Bréfritari: Sigríður Pálsdóttir
Viðtakandi: Páll Pálsson
Dagsetning: A-1864-08-01
Skrifað á: Breiðabólsstað  Rang.
Páll var bróðir Sigríðar

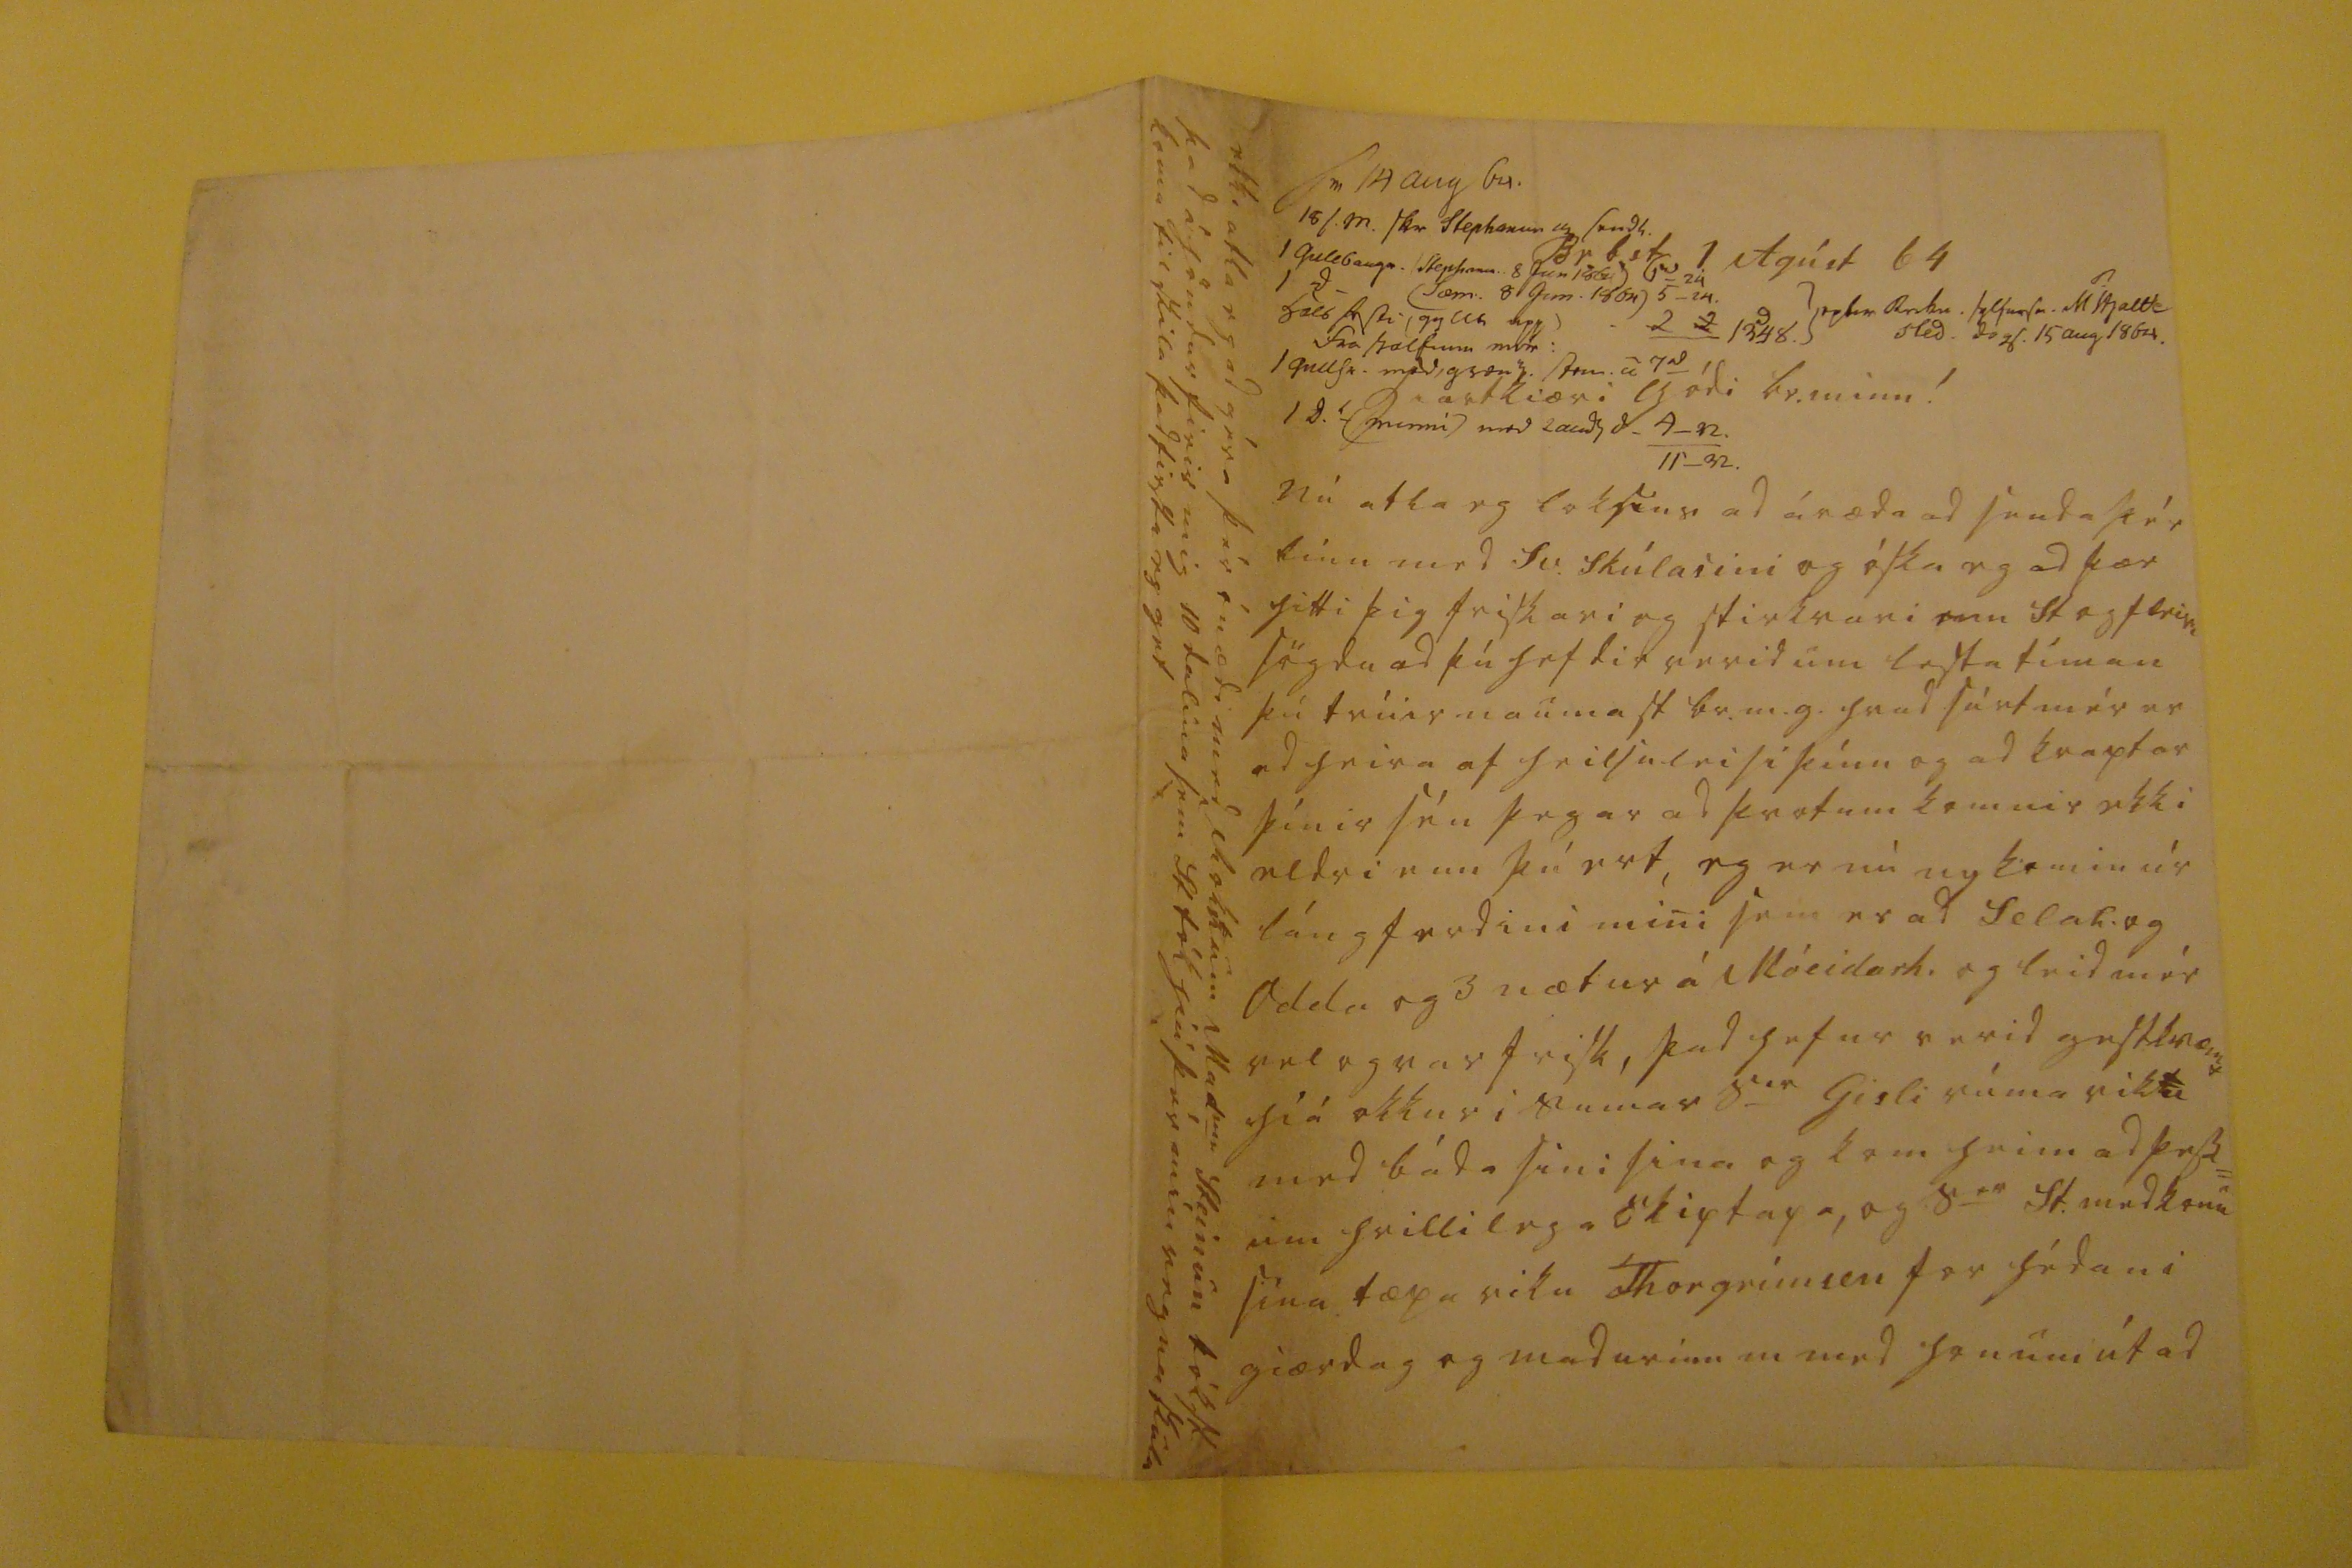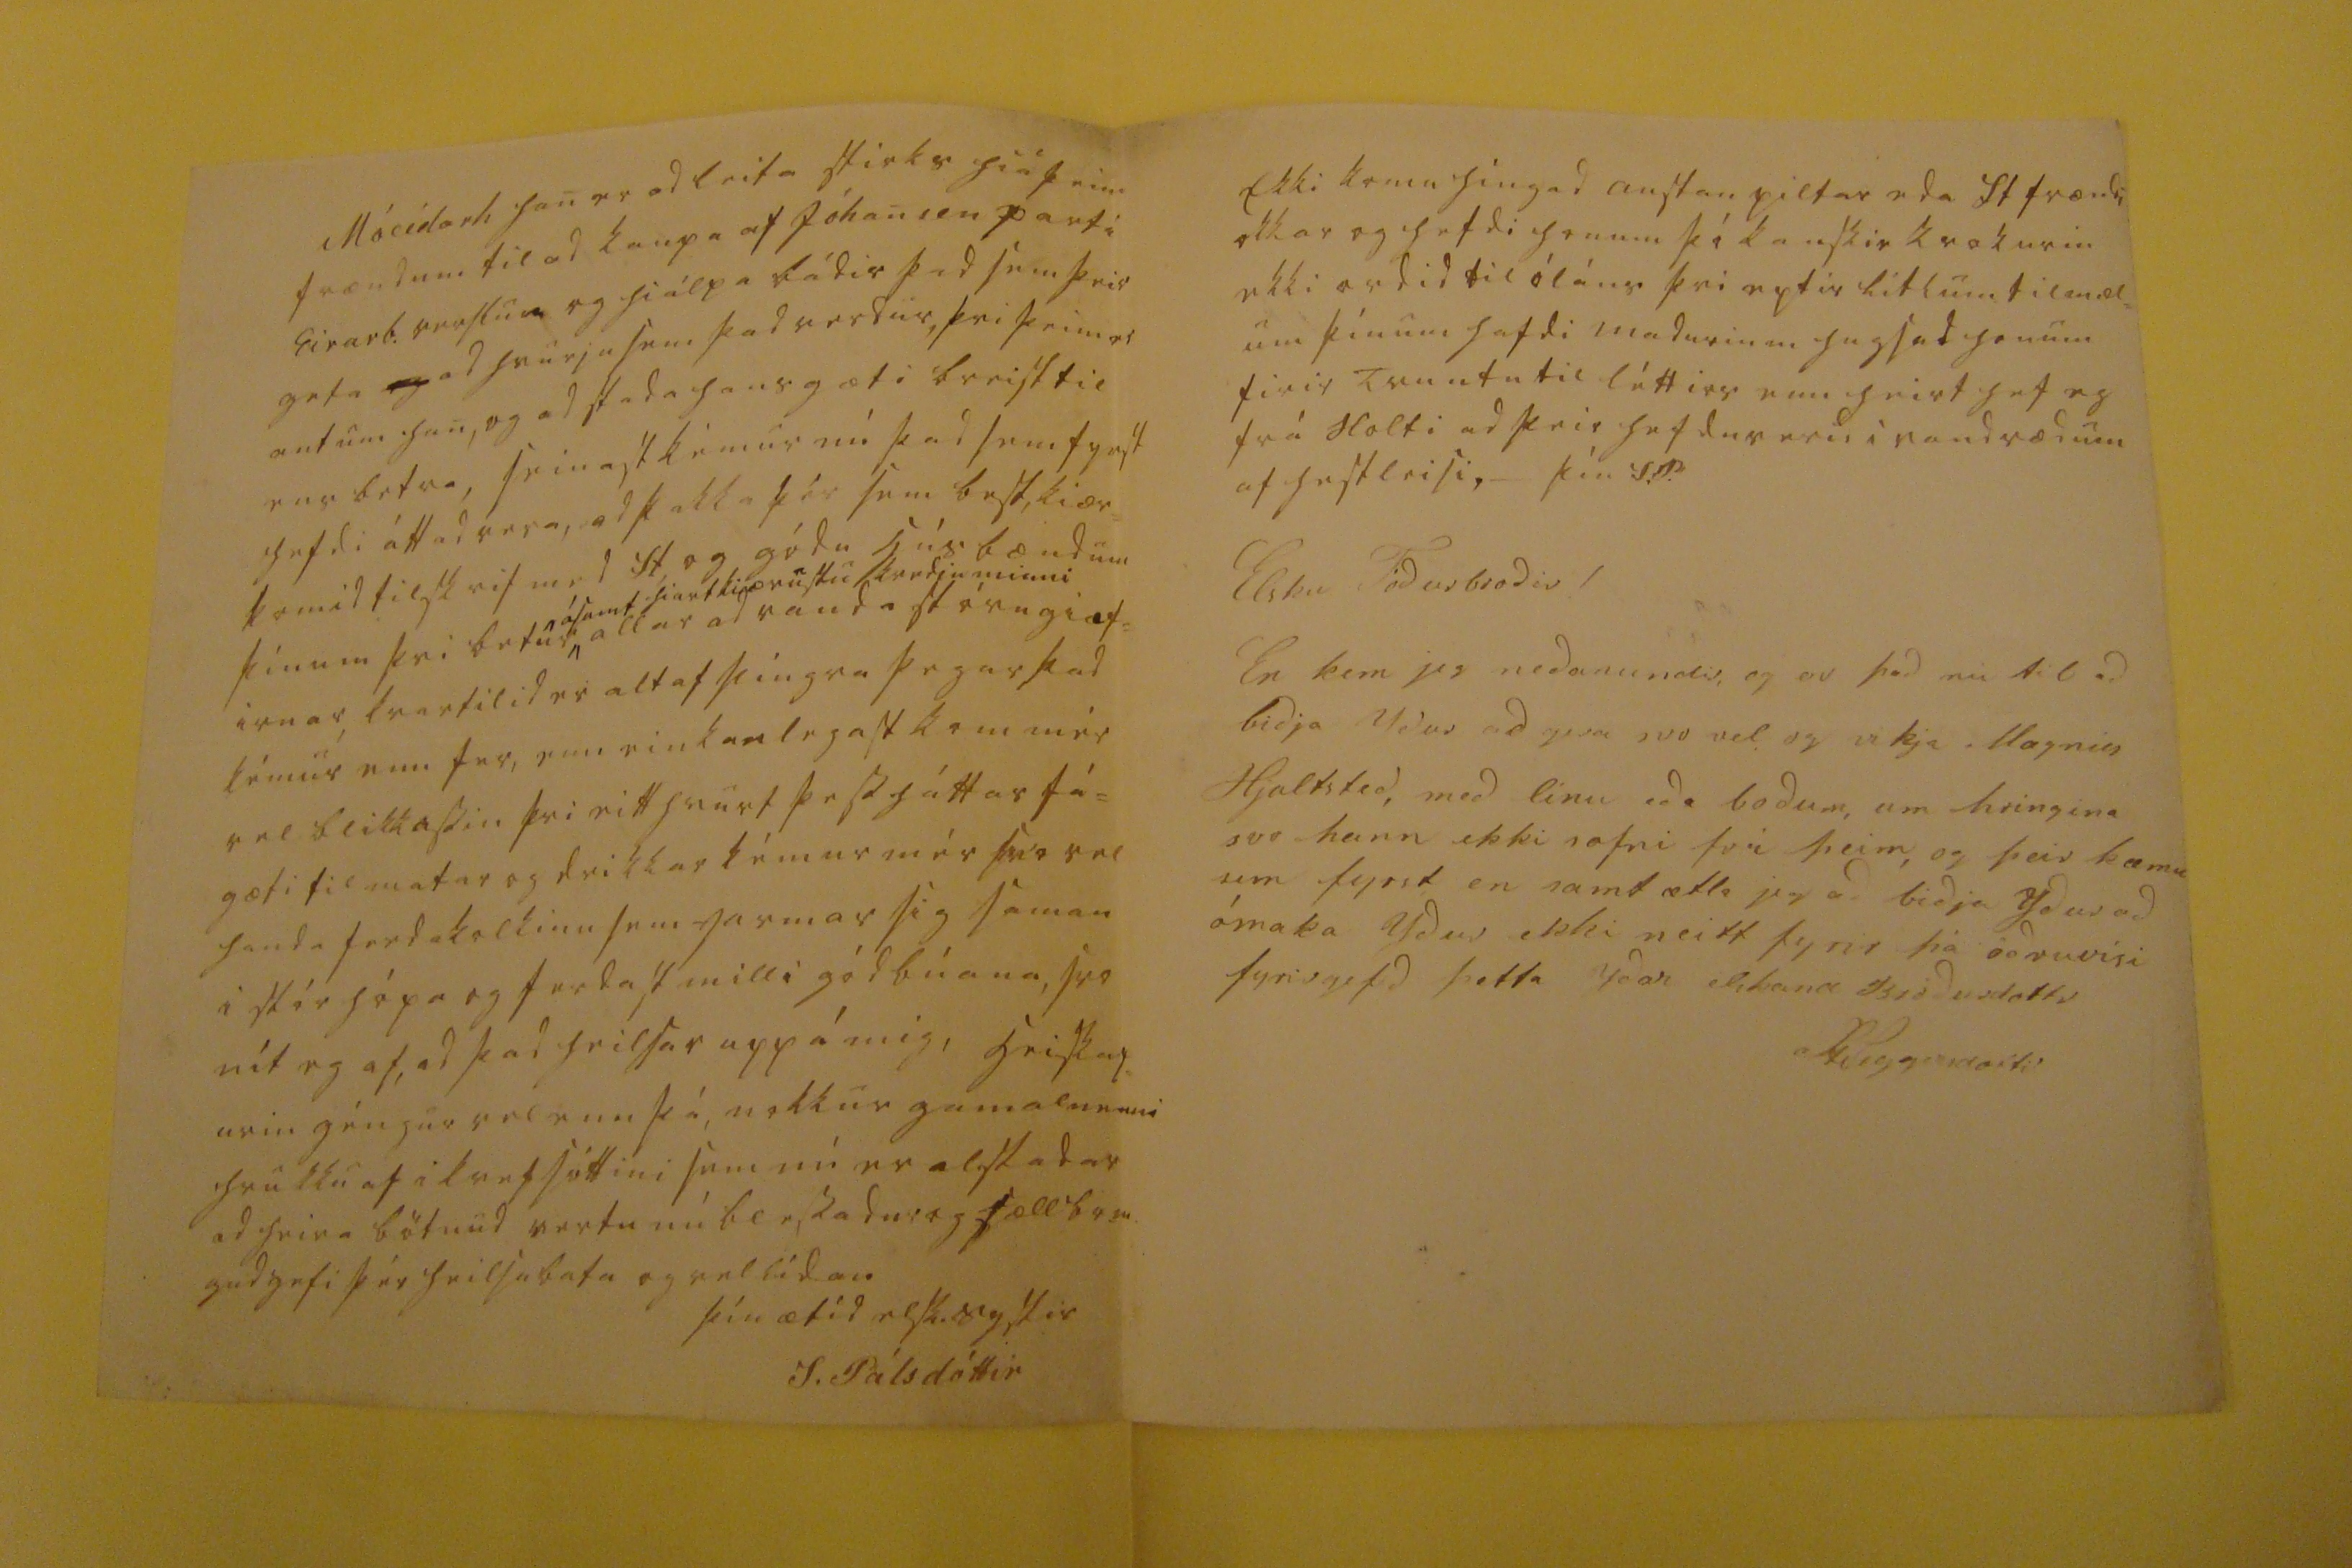

sv 14 aug 64.
15 s.m. sbr Stephaniu m sendl 1 gullbaug0. Stephan0..8 Jan 1864 G=24 1 d_ (Sæm. 8 Jan 1864) 5_24. halsfesti (gyllt upp) fra halfum mán: 1 gull00. med græn0 000 0 7
0d
1 . (000nni) med 2 a00d0 d. 4-92. 11-92
2 1348 0000 r0ku. sylfursv. M
0
hjalt0 sled 0000. 15 aug 1864
Br.b.st. 1 Agúst 64
hiartkiæri gódi br. minn!
nú atla eg loksins ad áræda ad senda þér línu med Sv. Skúlasini og óska eg ad þær hitti þig friskari og stirkrari enn St og fleiri sögdu ad þú hefdir verid um lesta tíman þú trúir naumast br.m.g. hvad sárt mér er ad heira af heilsuleisi þínu og ad kraptar þínir séu þegar ad þrotum komnir ekki eldri enn þú ert, eg er nú nykomin úr lángferdini mini sem er ad Selah. og Odda og 3 nætur á Móeidarh. og leid mér vel og var frisk, þad hefur verid gestkvæmt hiá okkur i sumar s
ie
Gisli rúma viku med báda sini sina og kom heim ad þess= um hrillilega skiptapa, og s
er
St. med konu sína tæpa viku Thorgrímsen for hédan i giærdag og madurinn m med honum út ad
ekki atla eg ad géra þér ónædi med rokkum Mad
me
Steinun tókst áhöndur firir mig 10 dalina sem St tók hiá þér mín vegna skulu koma til skila þad firsta eg get
Móeidarh han er ad leita stirks hiá þeim frændum til ad kaupa af Jóhan
sen
part i Eirarb. verslun eg hiálpa bádir þad sem þeir geta
eg
ad hvurju sem þad verdur, þvi þeim er ant um han, og adstada hans gæti breist til
ens
betra, seinast kémur nú þad sem fyrst hefdi áttad vera, ad þakka þér sem best kiær= komid tilskrif med St og gódu húsbændum þínum þvi betur
ásamt hiartkiærustu kvedju minni
allar ad vanda stórugiæf= irnar kvartilid er altaf þíngra þegar þad kémur enn fer, enn einkanlegast kom mér vel blikkassin þvi eitthvurt þess háttar fé= gæfi til matar og drikkar kémur mér svo vel handa ferdakalkinu sem jarmar sig saman i stór hópa og ferdast milli gódbúana, svo nít eg af, ad þad heilsar upp á mig, heiskap= urin géngur vel enn þá, nokkur gamalmenni hrukku af i kvefsóttini sem nú er alstadar ad heira bötnud vertu nú blessadur og sæll br.m. gud gefi þér heilsubata og vellídan.
þín ætíd elsk. systir
S. Pálsdóttir
Ekki komu hingad austan piltar eda St frændi okkar og hefdi honum þó kanskie krokurin ekki ordid til óláns þvi eptir litlum tilmæl= um þínum hafdi madurin m hugsad honum firir truntu til léttirs enn heirt hef eg frá Holti ad þeir hefdu verid i vandrædum af hestleisi,_ þín S.P.
Elsku fodurbrodir !
En kem ieg nedanundir, og er þad nu til ad bidja ydur ad gera svo vel og vekja Magnus Hjaltsted, med línu eda bodum, um hringina svo hann ekki sofni frá þeim, og þeir kæmu um fyrst en samt ætla jeg ad bidja ydur ad ómaka ydur ekki neitt fyrir
frá
ödruvísi fyrirgefd þetta ydar elskand bródurdottir
S Siggeirsdotti